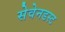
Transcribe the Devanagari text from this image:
सेवेनडस्ट